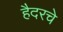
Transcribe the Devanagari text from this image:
हैदरचे